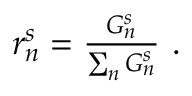
\begin{array} { r } { r _ { n } ^ { s } = \frac { G _ { n } ^ { s } } { \sum _ { n } G _ { n } ^ { s } } ~ . } \end{array}